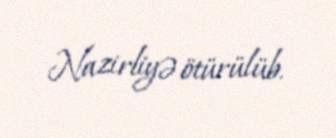
Nazirliyə ötürülüb.